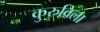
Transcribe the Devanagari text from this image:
कुरुविला